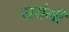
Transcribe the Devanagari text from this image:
सयंमी